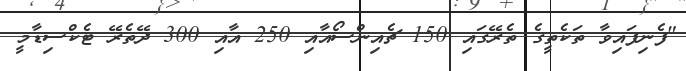
"ފެނިފައިވާ ތަކެތީގެ ތެރޭގައި 150 ޗެއިންސޯއާއި 250 އާއި 300 ދޭތެރޭ ޓެކްސިޑާމީ